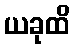
ယခုထိ